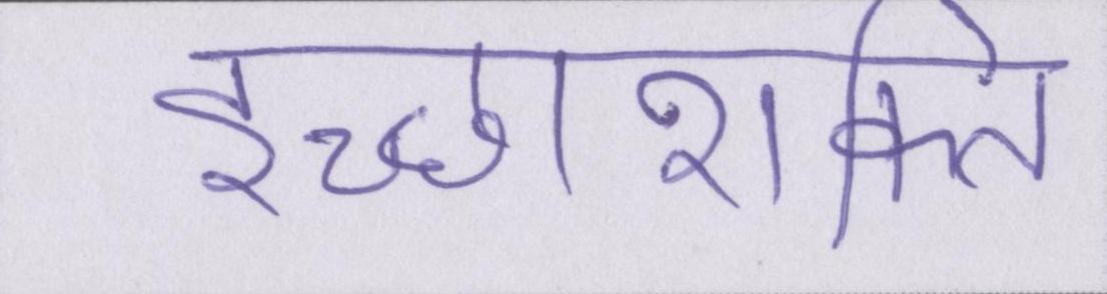
इच्छाशक्ति